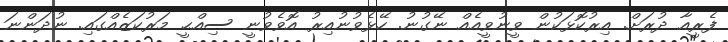
ފެރީއާ ދުރަށް. އިރުކޮޅަކުން ވީނުވީއެއް ނޭގުނު. ހޭޅެވުނުއިރު އޮވެވުނީ ސިއްޙީ މަރުކަޒެއްގައި. ނުދަންނަ